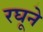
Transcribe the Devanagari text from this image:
रघूने